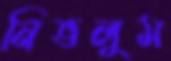
নিভলুম